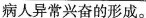
病人异常兴奋的形成。